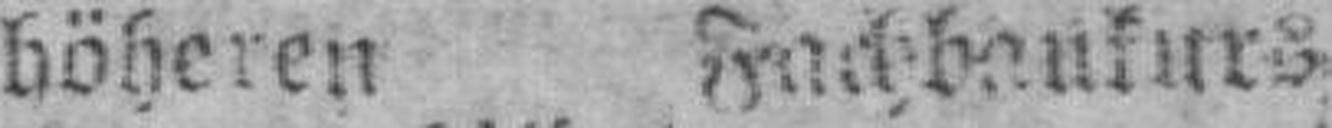
höheren Fachbaukurs